38_143685_box_Incident_Summaries_101-172
Agency: Department of War
Page 34
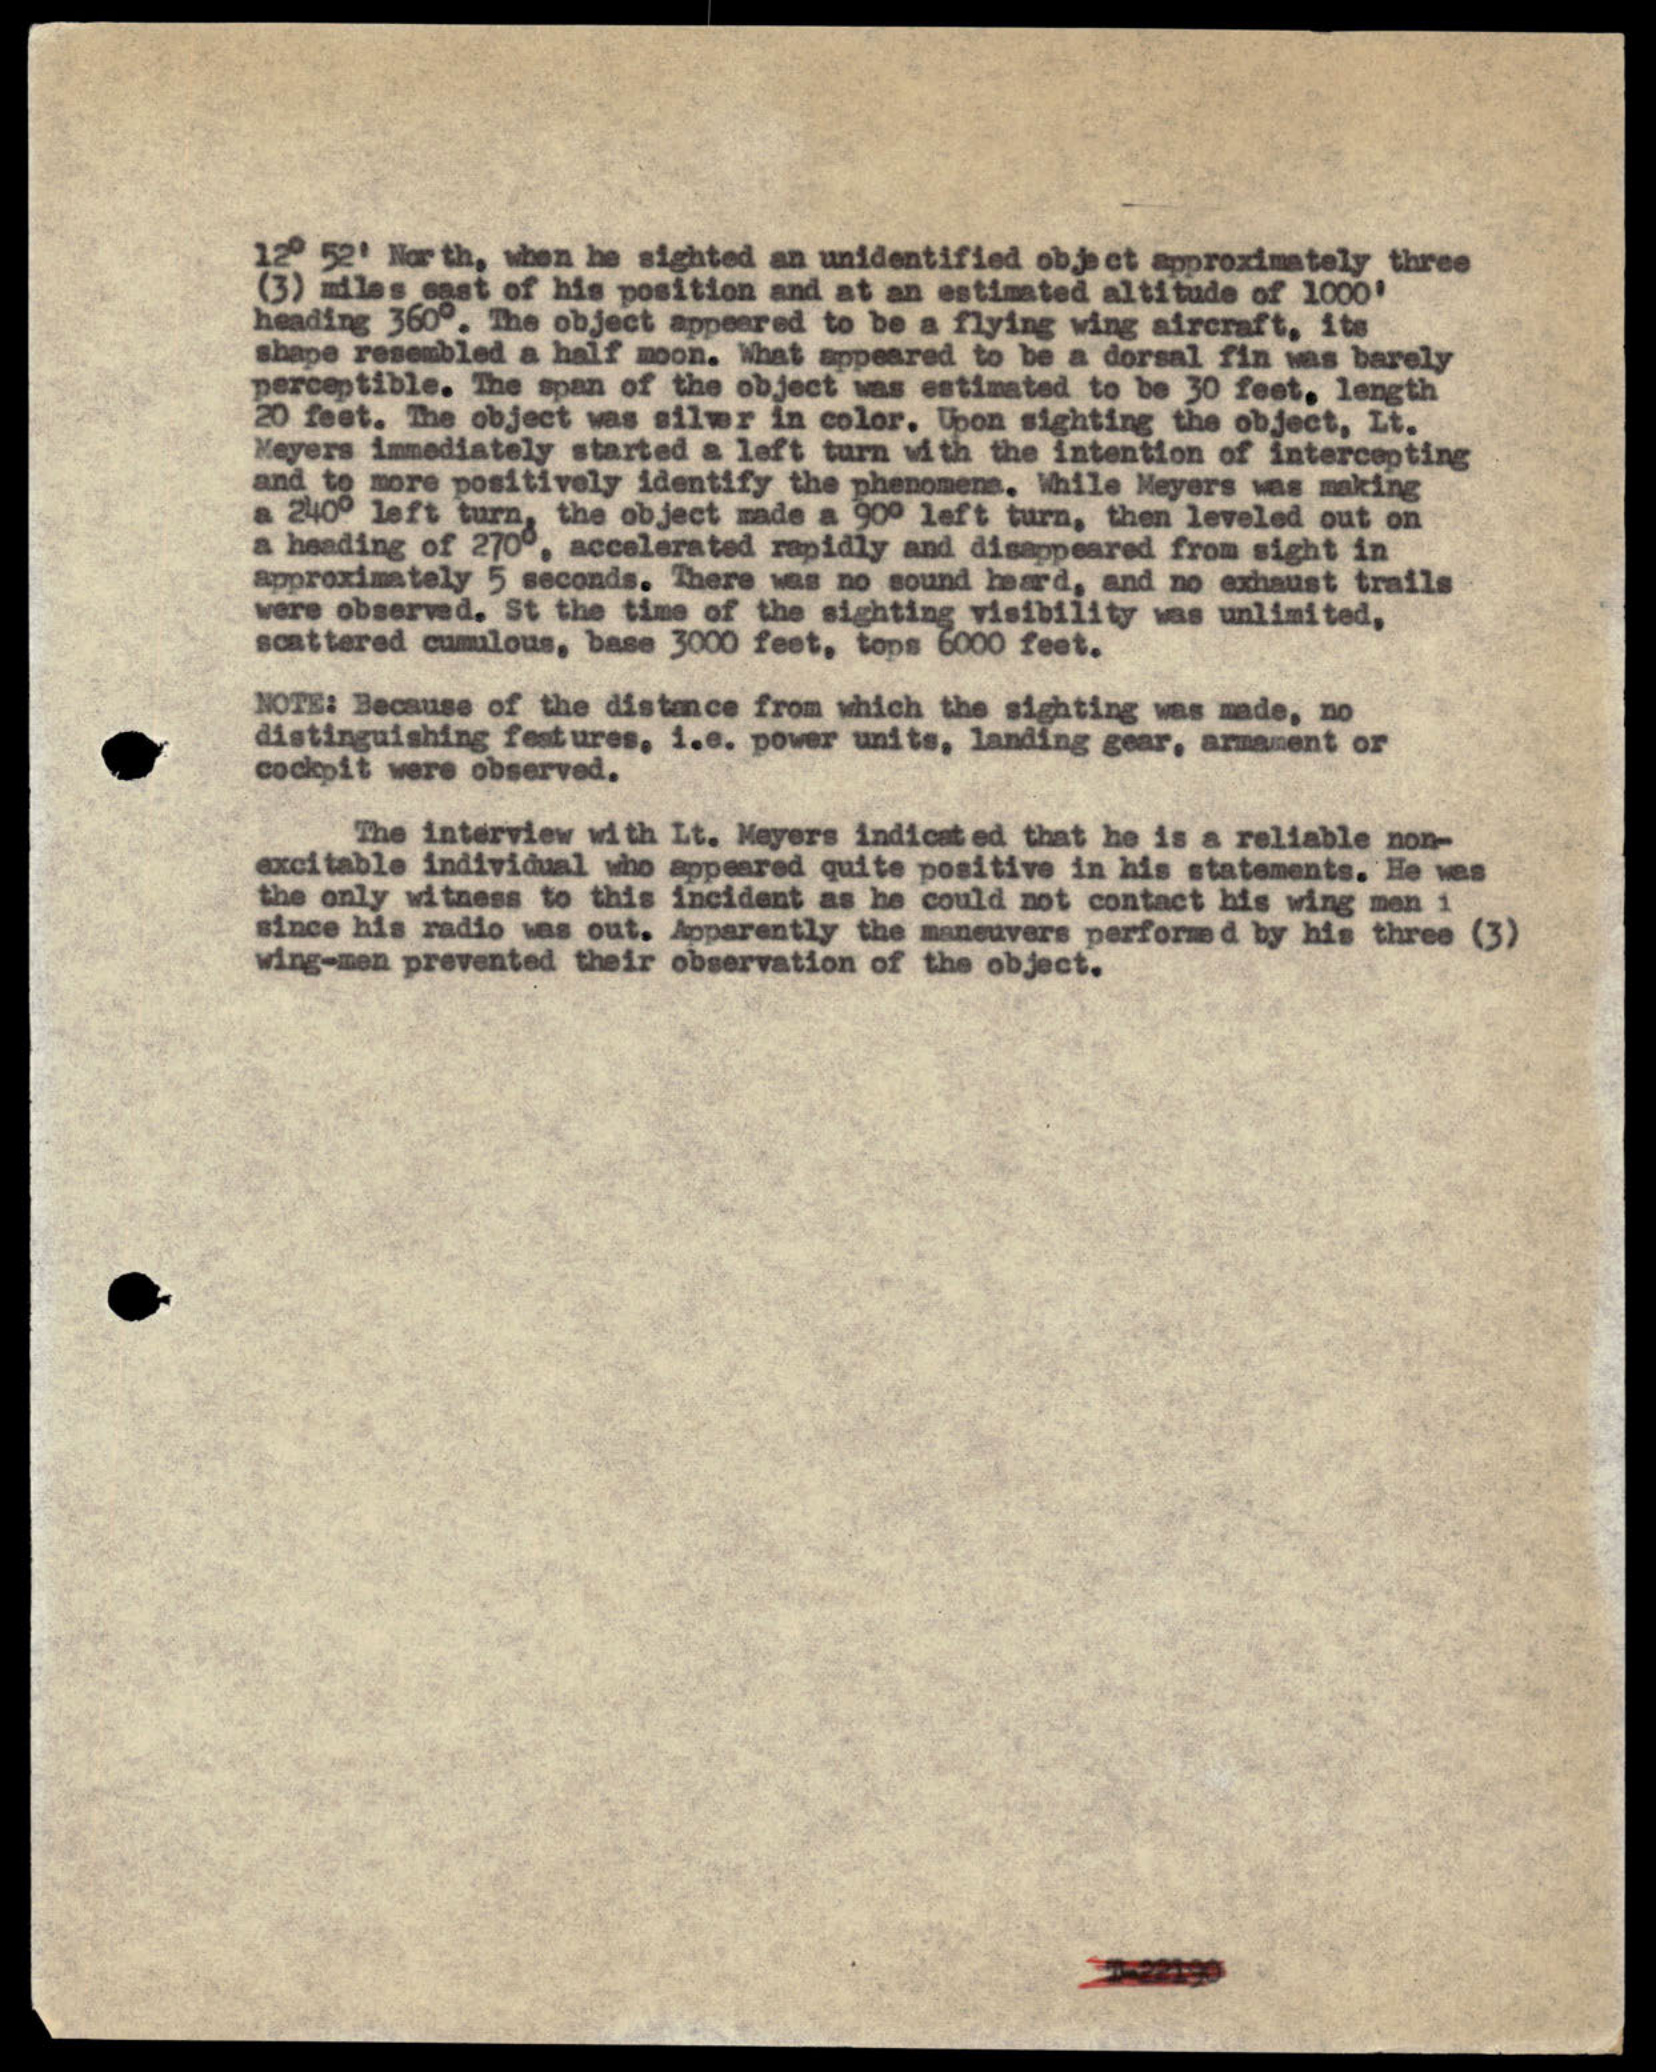